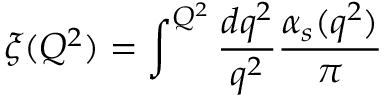
\xi ( Q ^ { 2 } ) = \int ^ { Q ^ { 2 } } { \frac { d q ^ { 2 } } { q ^ { 2 } } } { \frac { \alpha _ { s } ( q ^ { 2 } ) } { \pi } }